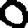
Digit: 0